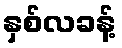
နှစ်လခန့်